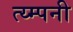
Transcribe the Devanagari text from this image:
त्य्म्पनी